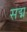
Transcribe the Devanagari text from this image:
सद्म